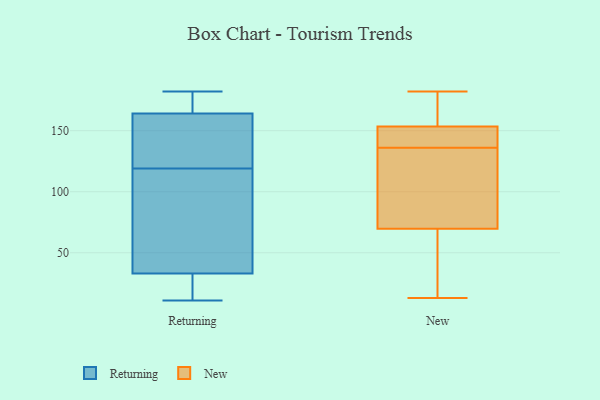
{"axis": {"x": "Revenue (USD Million)", "y": "Value"}, "legend": ["New", "Returning"], "data": [{"x": "", "y": 144, "type": "Returning"}, {"x": "", "y": 182, "type": "Returning"}, {"x": "", "y": 131, "type": "Returning"}, {"x": "", "y": 21, "type": "Returning"}, {"x": "", "y": 104, "type": "Returning"}, {"x": "", "y": 180, "type": "Returning"}, {"x": "", "y": 57, "type": "Returning"}, {"x": "", "y": 158, "type": "Returning"}, {"x": "", "y": 107, "type": "Returning"}, {"x": "", "y": 18, "type": "Returning"}, {"x": "", "y": 164, "type": "Returning"}, {"x": "", "y": 170, "type": "Returning"}, {"x": "", "y": 11, "type": "Returning"}, {"x": "", "y": 33, "type": "Returning"}, {"x": "", "y": 147, "type": "New"}, {"x": "", "y": 66, "type": "New"}, {"x": "", "y": 117, "type": "New"}, {"x": "", "y": 32, "type": "New"}, {"x": "", "y": 53, "type": "New"}, {"x": "", "y": 165, "type": "New"}, {"x": "", "y": 182, "type": "New"}, {"x": "", "y": 152, "type": "New"}, {"x": "", "y": 171, "type": "New"}, {"x": "", "y": 81, "type": "New"}, {"x": "", "y": 153, "type": "New"}, {"x": "", "y": 145, "type": "New"}, {"x": "", "y": 134, "type": "New"}, {"x": "", "y": 155, "type": "New"}, {"x": "", "y": 13, "type": "New"}, {"x": "", "y": 71, "type": "New"}, {"x": "", "y": 136, "type": "New"}]}